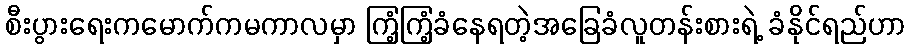
စီးပွားရေးကမောက်ကမကာလမှာ ကြံ့ကြံ့ခံနေရတဲ့အခြေခံလူတန်းစားရဲ့ ခံနိုင်ရည်ဟာ